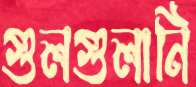
গুলগুলানি